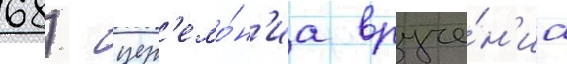
68) - цер'емо́н'иа вруче́н'иа